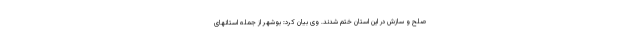
صلح و سازش در این استان ختم شدند. وی بیان کرد: بوشهر از جمله استانهای